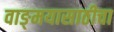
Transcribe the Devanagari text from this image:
वाङ्‌मयासाठीचा